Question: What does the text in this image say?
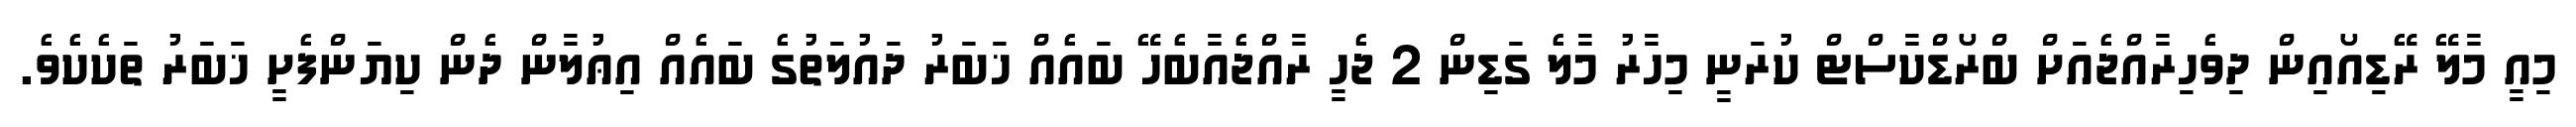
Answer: މިއީ މާލޭ ރޭޑިއޯއިން ދިވެހިރާއްޖެއަށް ބްރޯޑްކާސްޓް ކުރަނީ މިހާރު މާލެ ގަޑިން 2 ޖެހީ ރާއްޖެއާބެހޭ ބައެއް ޚަބަރު ދައުލަތުގެ ބައެއް އިޢުލާން ދެން ކިޔަންފެށީ ޚަބަރު ތަކެކެވެ.